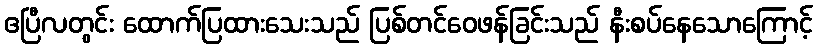
ဧပြီလတွင်း ထောက်ပြထားသေးသည် ပြစ်တင်ဝေဖန်ခြင်းသည် နီးစပ်နေသောကြောင့်